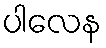
ပါလေန